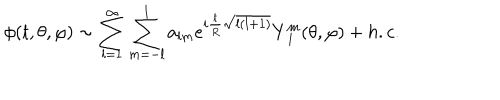
\phi ( t , \theta , \varphi ) \sim \sum _ { l = 1 } ^ { \infty } \sum _ { m = - l } ^ { l } a _ { l m } e ^ { i \frac { t } { R } \sqrt { l ( l + 1 ) } } Y _ { \; l } ^ { m } ( \theta , \varphi ) + h . c .